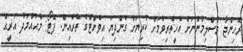
ރޮހިންޖާ މުސްލިމުންނަށް އެހީތެރިވުމަށް ކުރިޔަށް ގެންދިޔަ އިވެންޓްގެ ތެރެއިން. ފޮޓޯ: މުޙައްމަދު އަރީޙް